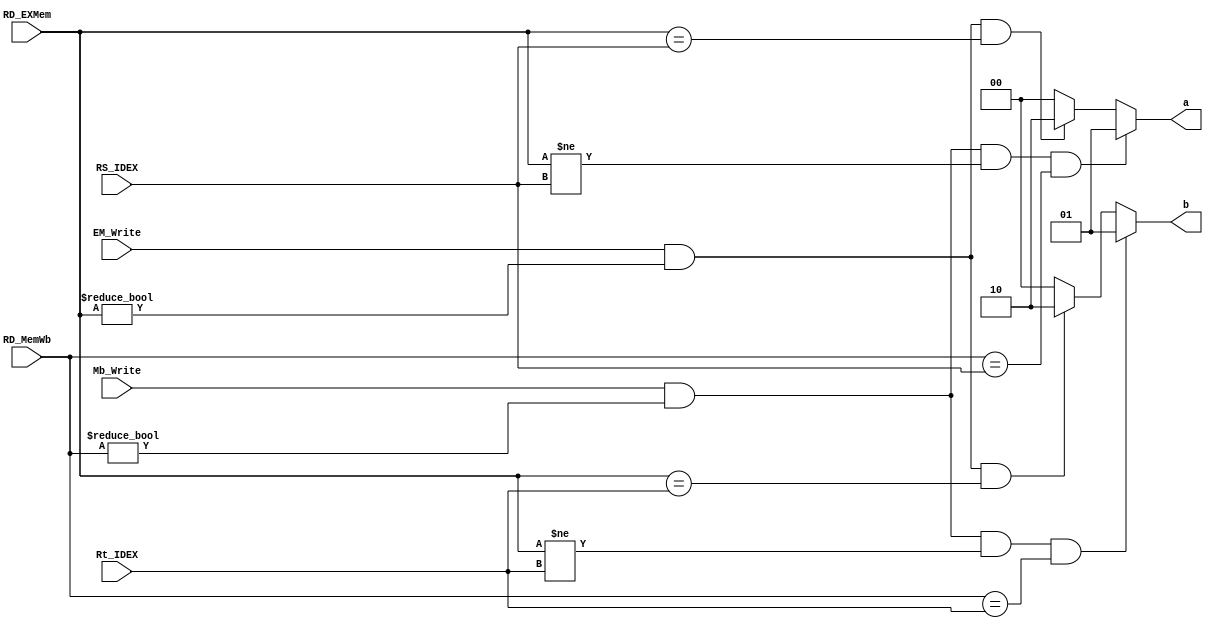
module Forward(
  //input
  input [4:0] RD_MemWb,
  input [4:0] RD_EXMem,
  input [4:0] RS_IDEX,
  input [4:0] Rt_IDEX,
  input Mb_Write,
  input EM_Write,
  //output
  output reg [1:0] a,
  output reg [1:0] b
);

    always @(*)
    begin
      if ((Mb_Write == 1'b 1) && (RD_MemWb != 5'b 00000) && (RD_EXMem !=RS_IDEX) &&(RD_MemWb == RS_IDEX ))
        a <= 2'b 01;
      else begin
        if ((EM_Write == 1'b 1) && (RD_EXMem != 5'b 00000) && (RD_EXMem == RS_IDEX))
          a <= 2'b 10;
        else
          a <= 2'b 00;
      end
      if ((Mb_Write == 1'b 1) && (RD_MemWb != 5'b 00000) && (RD_EXMem != Rt_IDEX) && (RD_MemWb == Rt_IDEX))
        b <= 2'b 01;
      else begin
        if ((EM_Write == 1'b 1) && (RD_EXMem != 5'b 00000) && (RD_EXMem == Rt_IDEX))
          b <= 2'b10;
        else
          b <= 2'b 00;
      end
    end
endmodule